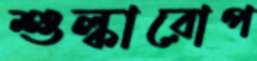
শুল্কারোপ